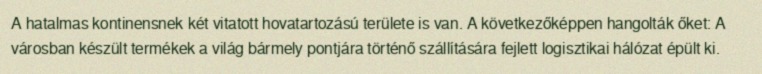
A hatalmas kontinensnek két vitatott hovatartozású területe is van. A következőképpen hangolták őket: A városban készült termékek a világ bármely pontjára történő szállítására fejlett logisztikai hálózat épült ki.